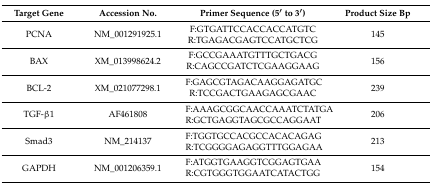
<table><thead><tr><td><b>Target Gene</b></td><td><b>Accession No.</b></td><td><b>Primer Sequence (5′ to 3′)</b></td><td><b>Product Size Bp</b></td></tr></thead><tbody><tr><td>PCNA</td><td>NM_001291925.1</td><td>F:GTGATTCCACCACCATGTC R:TGAGACGAGTCCATGCTCG</td><td>145</td></tr><tr><td>BAX</td><td>XM_013998624.2</td><td>F:GCCGAAATGTTTGCTGACG R:CAGCCGATCTCGAAGGAAG</td><td>156</td></tr><tr><td>BCL-2</td><td>XM_021077298.1</td><td>F:GAGCGTAGACAAGGAGATGC R:TCCGACTGAAGAGCGAAC</td><td>239</td></tr><tr><td>TGF-β1</td><td>AF461808</td><td>F:AAAGCGGCAACCAAATCTATGA R:GCTGAGGTAGCGCCAGGAAT</td><td>206</td></tr><tr><td>Smad3</td><td>NM_214137</td><td>F:TGGTGCCACGCCACACAGAG R:TCGGGGAGAGGTTTGGAGAA</td><td>213</td></tr><tr><td>GAPDH</td><td>NM_001206359.1</td><td>F:ATGGTGAAGGTCGGAGTGAA R:CGTGGGTGGAATCATACTGG</td><td>154</td></tr></tbody></table>